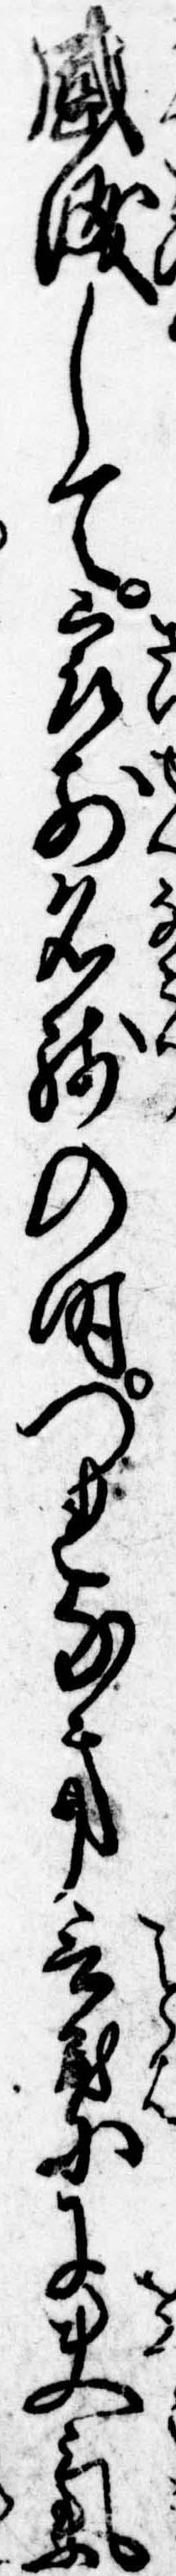
感涙して最前名残の時つれなき言葉に夫気